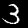
Label: 3